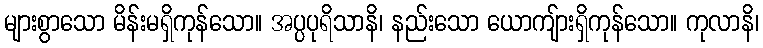
များစွာသော မိန်းမရှိကုန်သော။ အပ္ပပုရိသာနိ၊ နည်းသော ယောကျ်ားရှိကုန်သော။ ကုလာနိ၊